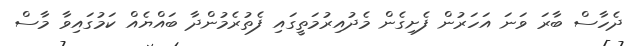
ދެހާސް ބާރަ ވަނަ އަހަރުން ފެށިގެން މެދުއިރުމަތީގައި ފެތުރެމުންދާ ބައްޔެއް ކަމުގައިވާ މާސް